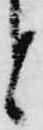
と